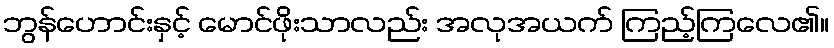
ဘွန်ဟောင်းနှင့် မောင်ဖိုးသာလည်း အလုအယက် ကြည့်ကြလေ၏။